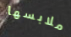
ملابسها